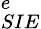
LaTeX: _{SIE}^{e}